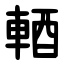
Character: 輏